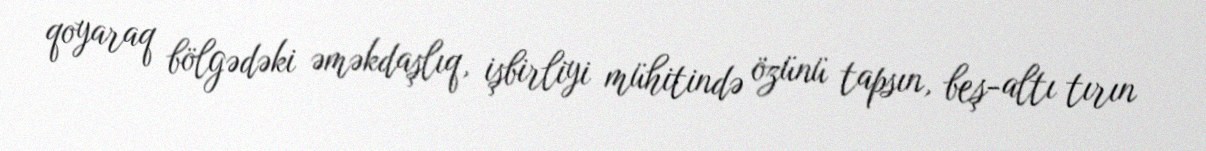
qoyaraq bölgədəki əməkdaşlıq, işbirliyi mühitində özünü tapsın, beş-altı tırın